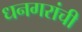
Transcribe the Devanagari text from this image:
धनगरांची